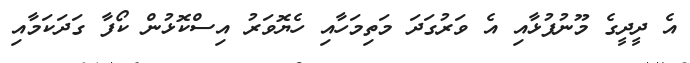
އެ ދީދީގެ މޫނުފުޅާއި އެ ވަރުގަދަ މަތިމަހާއި ހެޔޮވަރު އިސްކޮޅުން ކޯފާ ގަދަކަމާއި